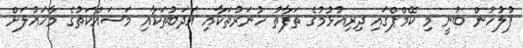
ފުލުހުން ބުނީ މި ކޭމްޕްގައި ދިރިއުޅުމުގެ ތަފާތު ހުނަރުތަކާއި އަދަބުތަކާއި މަސައްކަތުގެ މާހައުލަށް